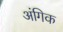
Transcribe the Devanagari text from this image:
अंगिक